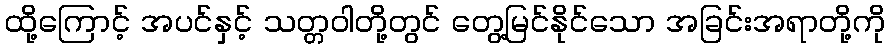
ထို့ကြောင့် အပင်နှင့် သတ္တဝါတို့တွင် တွေ့မြင်နိုင်သော အခြင်းအရာတို့ကို